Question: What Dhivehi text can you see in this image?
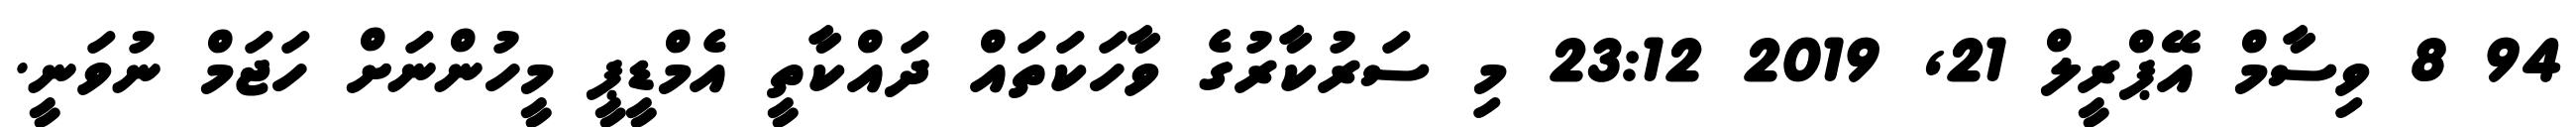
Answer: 94 8 ވިސާމް އޭޕްރީލް 21, 2019 23:12 މި ސަރުކާރުގެ ވާހަކަތައް ދައްކާތީ އެމްޑީޕީ މީހުންނަށް ހަޖަމް ނުވަނީ.